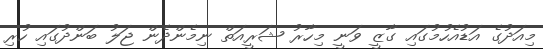
މިއަދުގެ އަޑުއެހުމުގައި ގާޒީ ވަނީ މިހާރު ޝަރީއަތް ނިމެންދެން ޖަލު ބަންދުގައި ހުރި